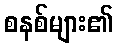
စနစ်များ၏